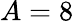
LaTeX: A=8